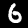
Digit: 6